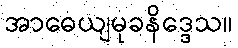
အာဓေယျမုခနိဒ္ဒေသ။